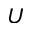
U